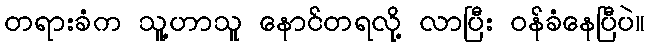
တရားခံက သူ့ဟာသူ နောင်တရလို့ လာပြီး ဝန်ခံနေပြီပဲ။